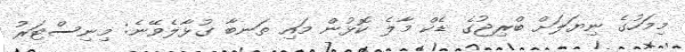
މިމަހުގެ ނިޔަލަށް ބްރިޖުގެ ޑެކް މާލެ ކޮޅުން މައި ތަނބާ ގުޅާލެވޭނެ: މިނިސްޓަރު